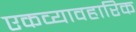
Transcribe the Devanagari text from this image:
एकव्यावहारिक